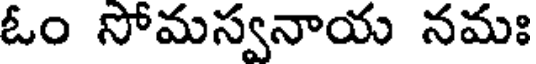
ఓం సోమస్వనాయ నమః